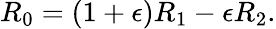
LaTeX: \begin{array}{r}{R_{0}=\left(1+\epsilon\right)R_{1}-\epsilon R_{2}.}\end{array}